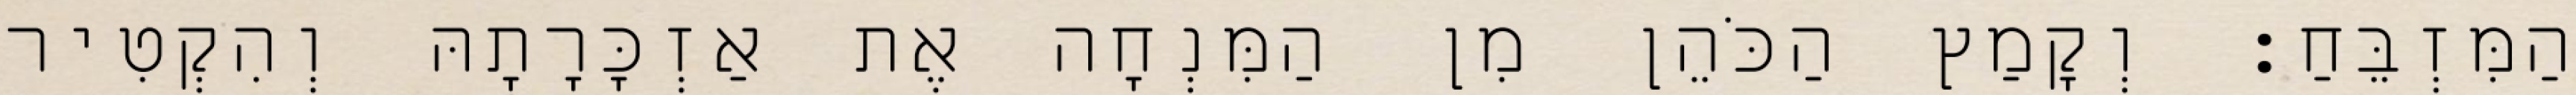
הַמִּזְבֵּחַ׃ וְקָמַץ הַכֹּהֵן מִן הַמִּנְחָה אֶת אַזְכָּרָתָהּ וְהִקְטִיר